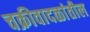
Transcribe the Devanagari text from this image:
चक्रीवादळांतील